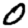
Digit: 0